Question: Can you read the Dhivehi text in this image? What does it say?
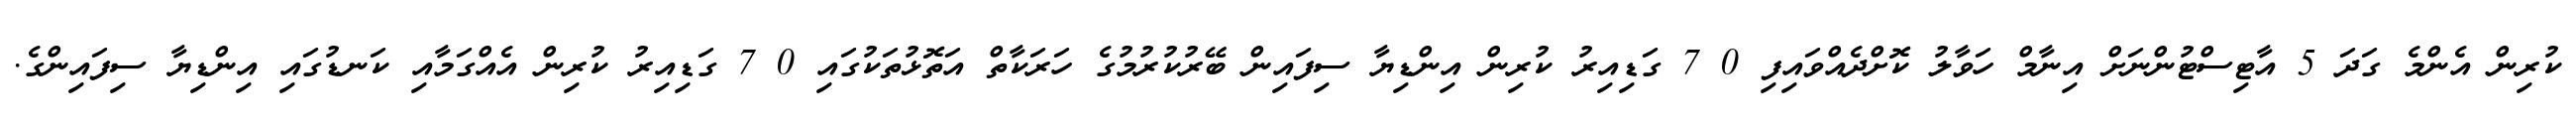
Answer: ކުރިން އެންމެ ގަދަ 5 އާޓިސްޓުންނަށް އިނާމް ހަވާލު ކޮށްދެއްވައިފި 0 7 ގަޑިއިރު ކުރިން އިންޑިޔާ ސިފައިން ބޭރުކުރުމުގެ ހަރަކާތް އަތޮޅުތަކުގައި 0 7 ގަޑިއިރު ކުރިން އެއްގަމާއި ކަނޑުގައި އިންޑިޔާ ސިފައިންގެ.